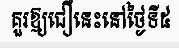
គួរឱ្យជឿនេះនៅថ្ងៃទី៥